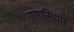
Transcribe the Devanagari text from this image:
गणासिधार